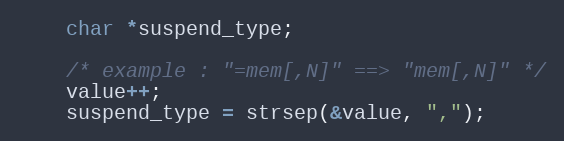
Language: C
	char *suspend_type;

	/* example : "=mem[,N]" ==> "mem[,N]" */
	value++;
	suspend_type = strsep(&value, ",");